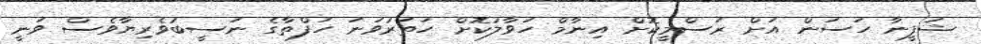
ޝަފީނާ ހަސަން އަށް ރަސްމީކޮށް އިނާމް ހަވާލުކޮށް ހަތަރުވަނަ ހަފްތާގެ ނަސީބުވެރިޔާވެސް ވަނީ